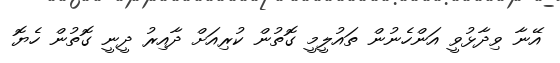
އޭނާ ވިދާޅުވީ އަންހެނުން ތައުލީމީ ގޮތުން ކުރިއަށް ދާއިރު ދީނީ ގޮތުން ހެޔޮ